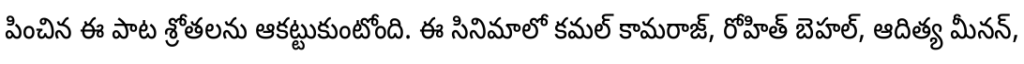
పించిన ఈ పాట శ్రోతలను ఆకట్టుకుంటోంది. ఈ సినిమాలో కమల్ కామరాజ్, రోహిత్ బెహల్, ఆదిత్య మీనన్,